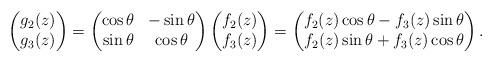
LaTeX: \begin{align*}\begin{pmatrix}g_2(z)\\g_3(z)\end{pmatrix}=\begin{pmatrix}\cos \theta & -\sin \theta\\\sin \theta & \cos \theta\end{pmatrix}\begin{pmatrix}f_2(z)\\f_3(z)\end{pmatrix}=\begin{pmatrix}f_2(z)\cos \theta-f_3(z)\sin \theta\\f_2(z)\sin \theta+f_3(z)\cos \theta\end{pmatrix}.\end{align*}